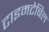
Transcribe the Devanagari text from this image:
टाइमटेबिल